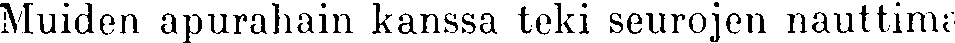
Muiden apurahain kanssa teki seurojen nauttima